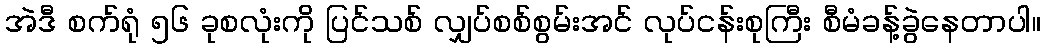
အဲဒီ စက်ရုံ ၅၆ ခုစလုံးကို ပြင်သစ် လျှပ်စစ်စွမ်းအင် လုပ်ငန်းစုကြီး စီမံခန့်ခွဲနေတာပါ။